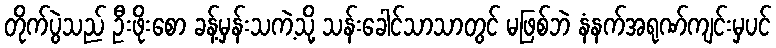
တိုက်ပွဲသည် ဦးဖိုးစော ခန့်မှန်းသကဲ့သို့ သန်းခေါင်သာသာတွင် မဖြစ်ဘဲ နံနက်အရုဏ်ကျင်းမှပင်